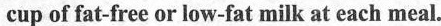
cup of fat-free or low-fat milk at each meal.